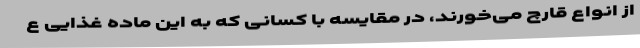
از انواع قارچ می‌خورند، در مقایسه با کسانی که به این ماده غذایی ع